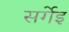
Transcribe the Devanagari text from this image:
सर्गेइ